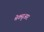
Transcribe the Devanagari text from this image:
मेक्सुआर